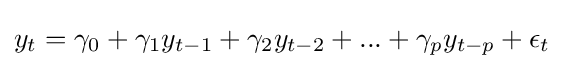
y_{t}=\gamma _{0}+\gamma _{1}y_{t-1}+\gamma _{2}y_{t-2}+...+\gamma _{p}y_{t-p}+\epsilon _{t}